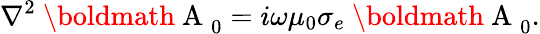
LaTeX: \nabla^{2}\mathrm{~\boldmath~A~}_{0}=i\omega\mu_{0}\sigma_{e}\mathrm{~\boldmath~A~}_{0}.